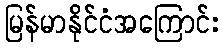
မြန်မာနိုင်ငံအကြောင်း